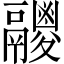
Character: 𩱛